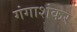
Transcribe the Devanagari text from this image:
गंगाशंकर